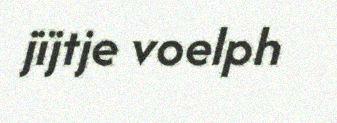
jïjtje voelph